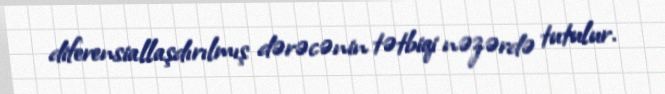
diferensiallaşdırılmış dərəcənin tətbiqi nəzərdə tutulur.